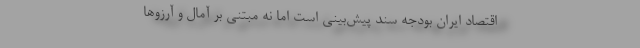
اقتصاد ایران بودجه سند پیش‌بینی است اما نه مبتنی بر آمال و آرزوها